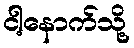
ငါ့နောက်သို့